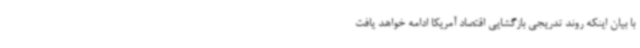
با بیان اینکه روند تدریجی بازگشایی اقتصاد آمریکا ادامه خواهد یافت